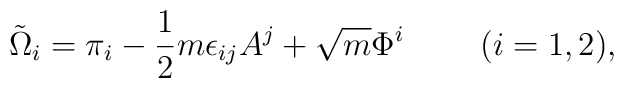
\tilde{\Omega}_i = \pi_i - \frac{1}{2} m \epsilon_{ij} A^j + \sqrt{m} \Phi^i ~~~~~~~(i=1,2),